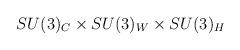
LaTeX: \begin{align*}SU(3)_C \times SU(3)_{W} \times SU(3)_{H}\end{align*}